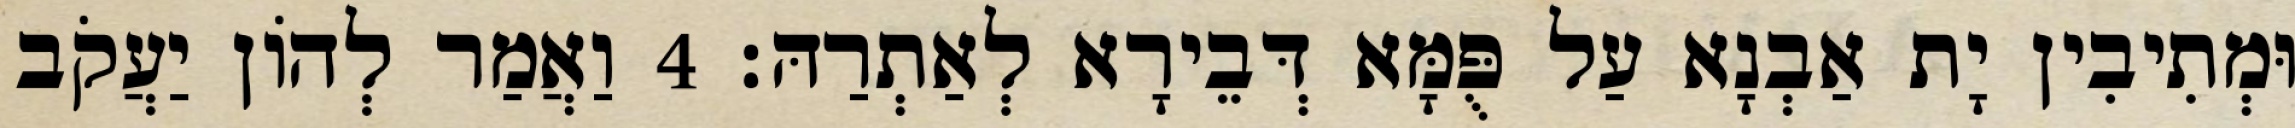
וּמְתִיבִין יָת אַבְנָא עַל פֻּמָּא דְּבֵירָא לְאַתְרַהּ׃ 4 וַאֲמַר לְהוֹן יַעֲקֹב